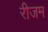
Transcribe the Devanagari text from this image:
रीजम